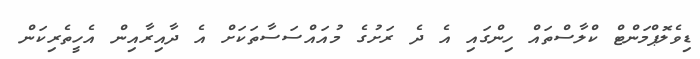
ޑިވެލޮޕްމަންޓް ކްލާސްތައް ހިންގައި އެ ދެ ރަށުގެ މުއައްސަސާތަކަށް އެ ދާއިރާއިން އެހީތެރިކަން